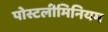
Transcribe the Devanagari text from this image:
पोस्टलीमिनियम